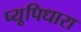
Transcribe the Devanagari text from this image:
प्यूपिधारा